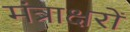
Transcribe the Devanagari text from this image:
मंत्राक्षरों